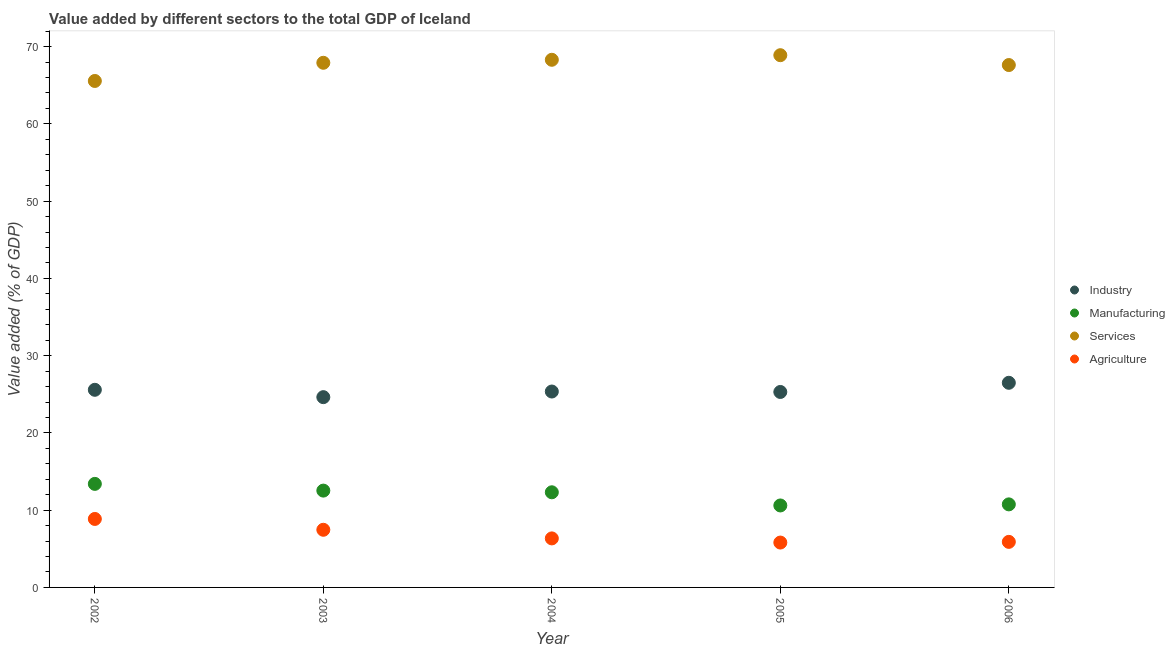
| Year | Industry | Manufacturing | Services | Agriculture |
 | --- | --- | --- | --- | --- |
 | 2002 | 25.6 | 13.4 | 65.6 | 8.86 |
 | 2003 | 24.6 | 12.5 | 67.9 | 7.46 |
 | 2004 | 25.4 | 12.3 | 68.3 | 6.35 |
 | 2005 | 25.3 | 10.6 | 68.9 | 5.81 |
 | 2006 | 26.5 | 10.8 | 67.6 | 5.9 |